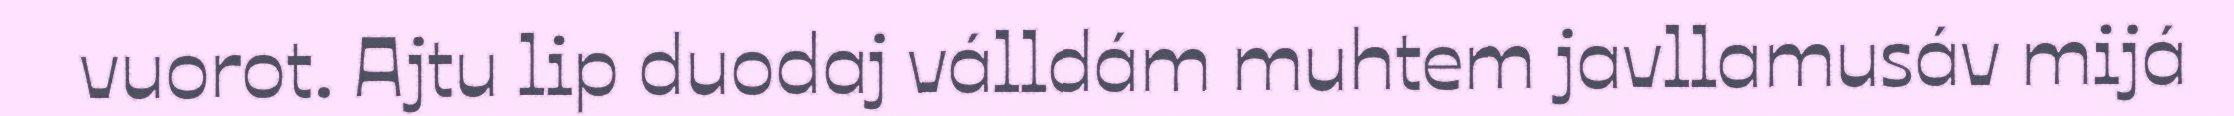
vuorot. Ajtu lip duodaj válldám muhtem javllamusáv mijá